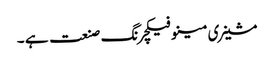
مشینری مینوفیکچرنگ صنعت ہے ۔